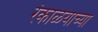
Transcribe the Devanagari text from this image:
रंकाळयाच्या